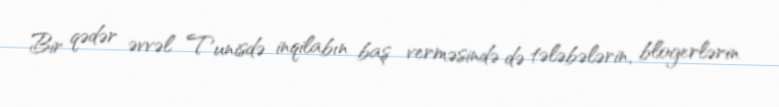
Bir qədər əvvəl Tunisdə inqilabın baş verməsində də tələbələrin, blogerlərin